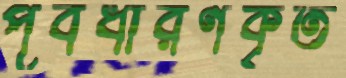
পূর্বধারণকৃত